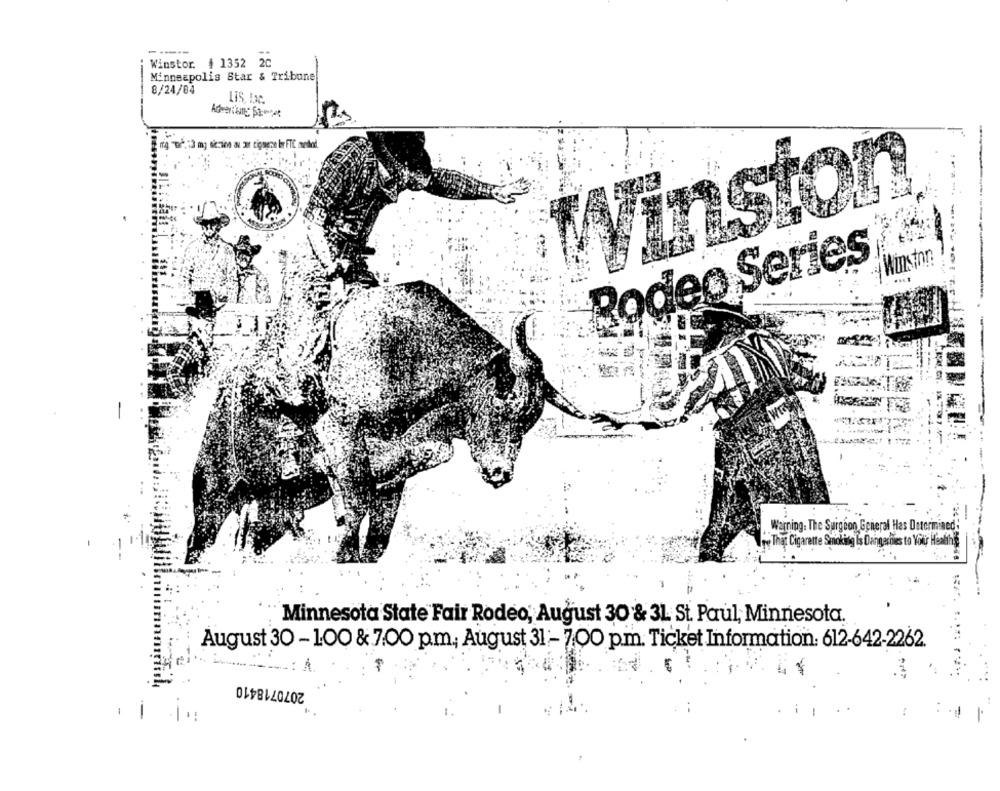
-----
Winstor. # 1352 20
Minneapolis Star & Tribune
8/24/04
LIS, LaC.
Winston
-
Rodeo Series
.- Winston
Warning: The Surgeon General Has Determine
Than Cigarette Sinking Is Dingesdies to Your Haling
Minnesota State Fair Rodeo, August 30 & 31 St. Paul, Minnesota.
August 30- 100 & 7:00 p.m. August 31 :- 7.00 p.m. Ticket Information: 612-642-2262.
: A.
2070718410
=